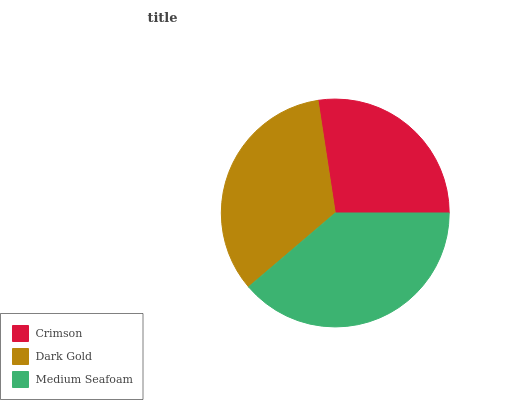
| Crimson | Dark Gold | Medium Seafoam |
 | --- | --- | --- |
 | 27.3% | 33.9% | 38.8% |